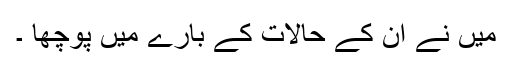
میں نے ان کے حالات کے بارے میں پوچھا ۔